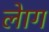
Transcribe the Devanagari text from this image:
लेाग